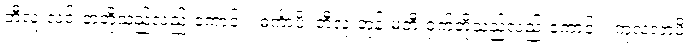
ဘီလူးလင်းတတို့သည်လည်းကောင်း။ ဓင်္ကာပိ၊ ဘီလူးဘုန်းမတီးငှက်တို့သည်လည်းကောင်း။ ကုလလာပိ၊